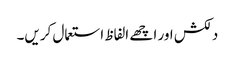
دلکش اور اچھے الفاظ استعمال کریں۔